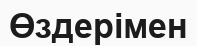
Өздерімен